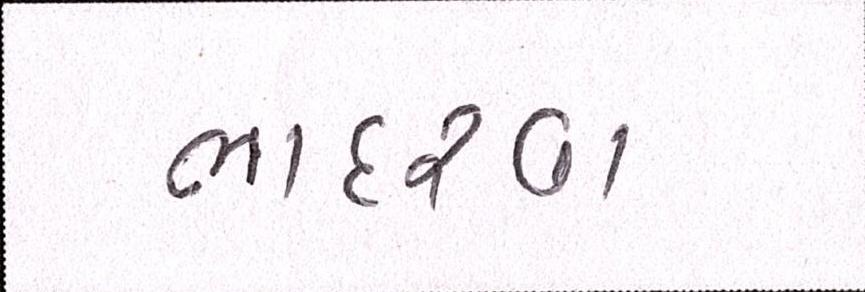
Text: ભાદરવા